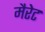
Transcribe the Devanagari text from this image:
मैरेट